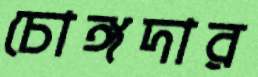
চোঙ্গদার